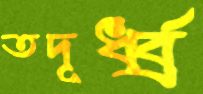
তদূর্ধ্ব্র